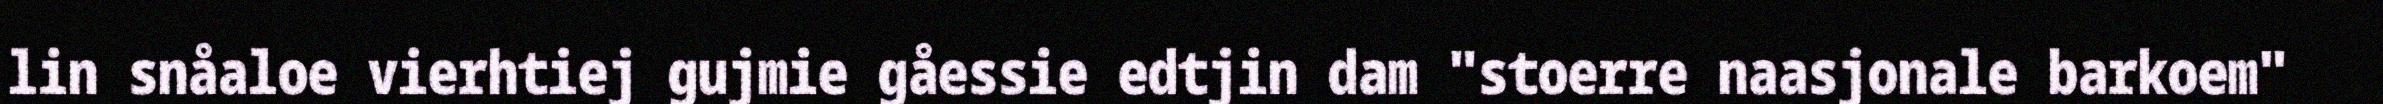
lin snåaloe vierhtiej gujmie gåessie edtjin dam "stoerre naasjonale barkoem"